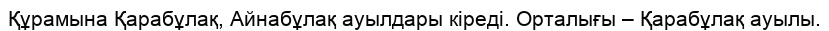
Құрамына Қарабұлақ, Айнабұлақ ауылдары кіреді. Орталығы – Қарабұлақ ауылы.